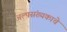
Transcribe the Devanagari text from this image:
अल्पसंख्यकाचे